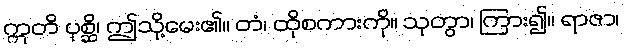
ဣတိ ပုစ္ဆိ၊ ဤသို့မေး၏။ တံ၊ ထိုစကားကို။ သုတွာ၊ ကြား၍။ ရာဇာ၊